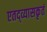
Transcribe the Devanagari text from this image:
एतद्व्यासकृतं